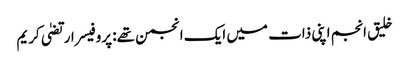
خلیق انجم اپنی ذات میں ایک انجمن تھے: پروفیسر ارتضیٰ کریم